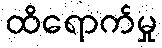
ထိရောက်မှု